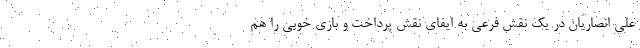
علی انصاریان در یک نقش فرعی به ایفای نقش پرداخت و بازی خوبی را هم